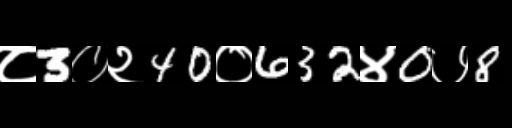
Text: ८3०२40०632४0७8